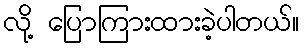
လို့ ပြောကြားထားခဲ့ပါတယ်။